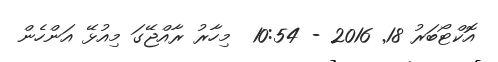
އޮކްޓޯބަރު 18